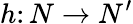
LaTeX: h\colon N\to N^{\prime}